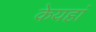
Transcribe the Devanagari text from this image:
केयहां